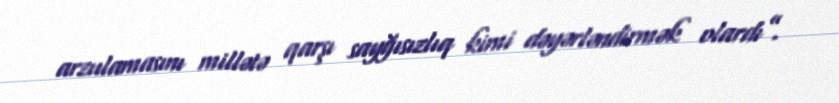
arzulamasını millətə qarşı sayğısızlıq kimi dəyərləndirmək olardı”.